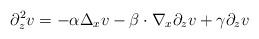
LaTeX: \begin{align*}\partial_z^2v&=-\alpha\Delta_xv-\beta\cdot\nabla_x\partial_zv+\gamma\partial_zv\end{align*}